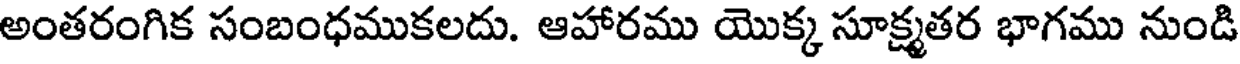
అంతరంగిక సంబంధముకలదు. ఆహారము యొక్క సూక్ష్మతర భాగము నుండి